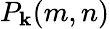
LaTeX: P_{\mathbf{k}}(m,n)